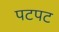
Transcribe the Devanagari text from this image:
पटपट